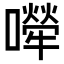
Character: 𡁆